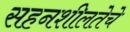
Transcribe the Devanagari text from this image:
सहनशीलतेचे